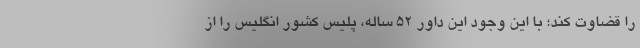
را قضاوت کند؛ با این وجود این داور ۵۲ ساله، پلیس کشور انگلیس را از